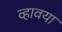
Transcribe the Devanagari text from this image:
व्हावया